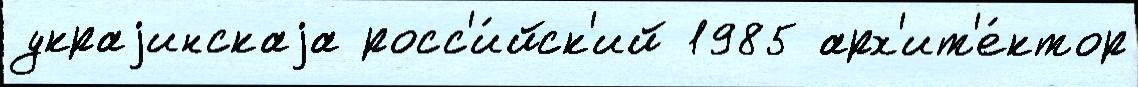
украjинскаjа росс'и́йск'ий 1985 арх'ит'е́ктор